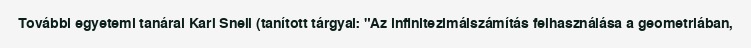
További egyetemi tanárai Karl Snell (tanított tárgyai: "Az infinitezimálszámítás felhasználása a geometriában,